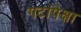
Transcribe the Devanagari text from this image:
गटांपेक्षा